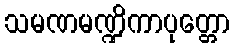
သမဏမဏ္ဍိကာပုတ္တော